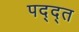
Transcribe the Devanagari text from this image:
पद्द्त